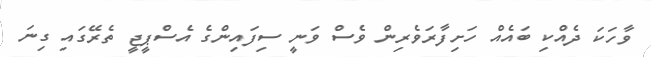
ވާހަކަ ދެއްކި ބައެއް ހަށިފާރަވެރިން ވެސް ވަނީ ސިފައިންގެ އެސްޕީޖީ ތެރޭގައި ގިނަ